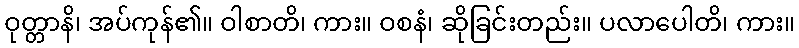
ဝုတ္တာနိ၊ အပ်ကုန်၏။ ဝါစာတိ၊ ကား။ ဝစနံ၊ ဆိုခြင်းတည်း။ ပလာပေါတိ၊ ကား။